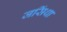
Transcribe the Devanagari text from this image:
जसिंथा